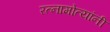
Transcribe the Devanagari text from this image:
रत्नामोत्यांनी